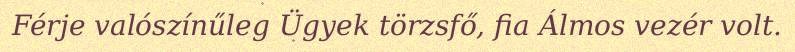
Férje valószínűleg Ügyek törzsfő, fia Álmos vezér volt.